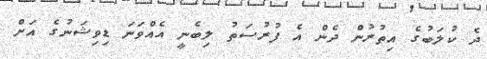
ދެ ކުލަބުގެ އިތުރުން ދެން އެ ފުރުސަތު ލިބެނީ އެއްވަނަ ޑިވިޝަނުގެ އަށް